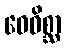
ဝေဝိစ္ဆာ